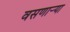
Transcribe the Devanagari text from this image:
वसणार्‍या